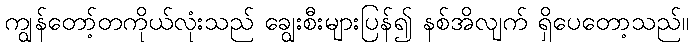
ကျွန်တော့်တကိုယ်လုံးသည် ချွေးစီးများပြန်၍ နစ်အိလျက် ရှိပေတော့သည်။